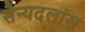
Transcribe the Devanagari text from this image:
सैन्यदलांस